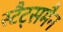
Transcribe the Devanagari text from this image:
स्टैट्समैन